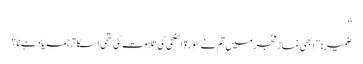
‘‘
ضمیر: ’’ ابھی نماز فجرمیں تم نے سورۃ الضحیٰ کی تلاوت کی تھی ا سکا ترجمہ یاد ہے نا؟